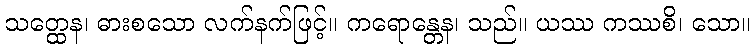
သတ္ထေန၊ ဓားစသော လက်နက်ဖြင့်။ ကရောန္တေန၊ သည်။ ယဿ ကဿစိ၊ သော။